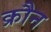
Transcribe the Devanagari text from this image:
क्रौन